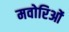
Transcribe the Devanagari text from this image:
मवोरिओं